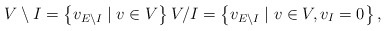
\begin{align*}V\setminus I=\left\{ v_{E\setminus I}\mid v\in V\right\} V/I=\ensuremath{\left\{ v_{E\setminus I}\mid v\in V,v_{I}=0\right\} } , \end{align*}